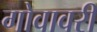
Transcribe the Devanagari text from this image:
गोवावरी